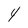
Character: 4